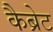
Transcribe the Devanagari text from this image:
कैब्रेट